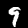
Label: 9